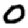
Digit: 0